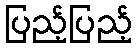
ပြည့်ပြည့်